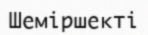
Шеміршекті